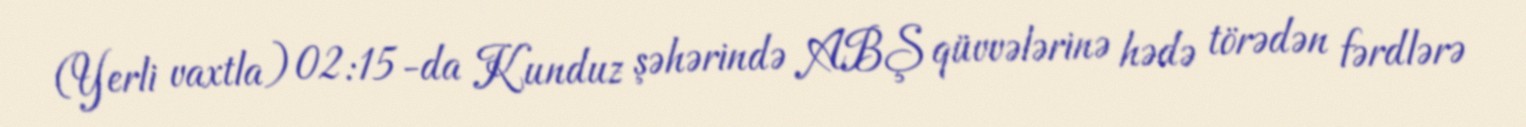
(Yerli vaxtla) 02:15-da Kunduz şəhərində ABŞ qüvvələrinə hədə törədən fərdlərə